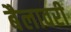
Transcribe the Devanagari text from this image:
बैलावरी